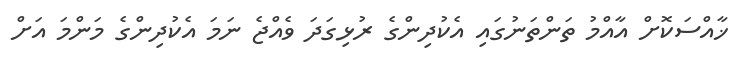
ޚާއްސަކޮށް އާއްމު ތަންތަނުގައި އެކުދިންގެ ރުޅިގަދަ ވެއްޖެ ނަމަ އެކުދިންގެ މަންމަ އަށް